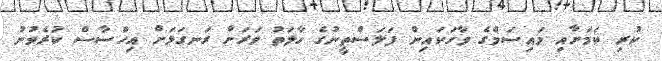
ކުރި ކަމަށާއި މައިސަމްގެ ވާހަކައިން ފަލަސްތީނުގެ ހާލަތު ވަރަށް ރަނގަޅަށް އިހްސާސް ކުރެވުނު